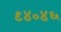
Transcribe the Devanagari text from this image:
९४०४६